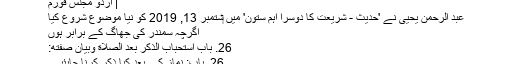
| اردو مجلس فورم
عبد الرحمن یحیی نے 'حدیث - شریعت کا دوسرا اہم ستون' میں ‏ستمبر 13, 2019 کو نیا موضوع شروع کیا
اگرچہ سمندر کی جھاگ کے برابر ہوں
26. باب اسْتِحْبَابِ الذِّكْرِ بَعْدَ الصَّلاَةِ وَبَيَانِ صِفَتِهِ:
26. باب: نماز کے بعد کیا ذکر کرنا چاہئیے۔